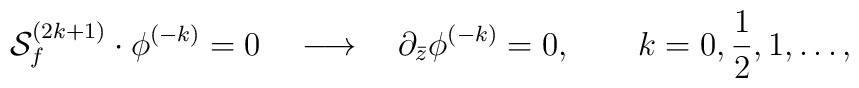
{\cal S}_f^{(2k+1)}\cdot \phi^{(-k)}=0\quad \longrightarrow\quad  \partial_{\bar z}\phi^{(-k)}=0,\qquad k=0,{1\over 2},1,\ldots,